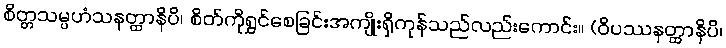
စိတ္တသမ္ပဟံသနတ္ထာနိပိ၊ စိတ်ကိုရွှင်စေခြင်းအကျိုးရှိကုန်သည်လည်းကောင်း။ (ဝိပဿနတ္ထာနိပိ၊